Elephants and their diseases
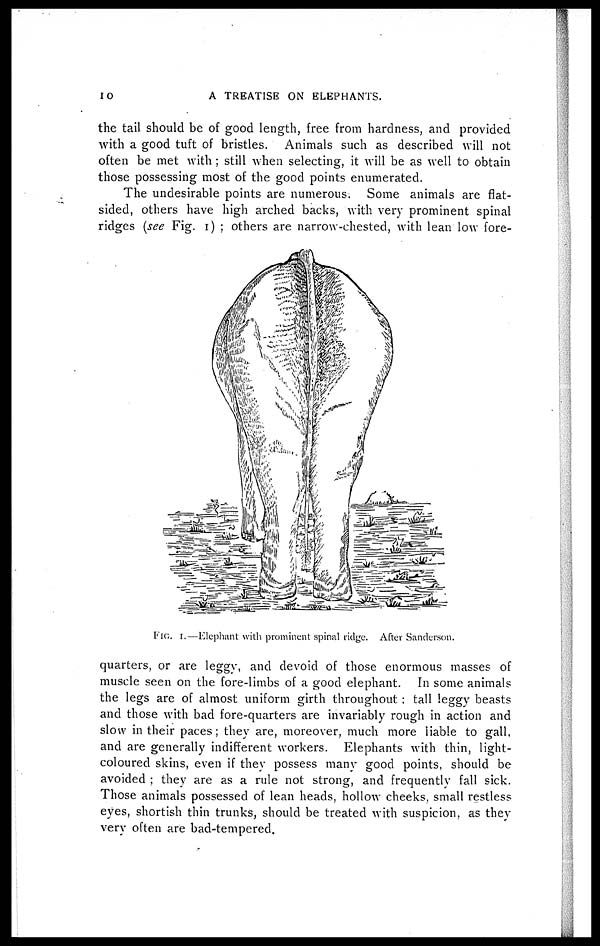
10
A TREATISE ON ELEPHANTS.
the tail should be of good length, free from hardness, and provided
with a good tuft of bristles. Animals such as described will not
often be met with ; still when selecting, it will be as well to obtain
those possessing most of the good points enumerated.
The undesirable points are numerous. Some animals are flat-
sided, others have high arched backs, with very prominent spinal
ridges (see Fig. 1) ; others are narrow-chested, with lean low fore-
quarters, or are leggv, and devoid of those enormous masses of
muscle seen on the fore-limbs of a good elephant. In some animals
the legs are of almost uniform girth throughout ; tall leggy beasts
and those with bad fore-quarters are invariably rough in action and
slow in their paces; they are, moreover, much more liable to gall,
and are generally indifferent workers. Elephants with thin, light-
coloured skins, even if they possess many good points, should be
avoided ; they are as a rule not strong, and frequently fall sick.
Those animals possessed of lean heads, hollow cheeks, small restless
eyes, shortish thin trunks, should be treated with suspicion, as they
very often are bad-tempered.
FIG. I.—Elephant with prominent spinal ridge. After Sanderson.